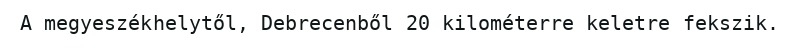
A megyeszékhelytől, Debrecenből 20 kilométerre keletre fekszik.